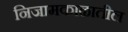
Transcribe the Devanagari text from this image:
निजामकाळातील